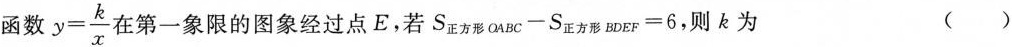
函数 $$y= \frac{k}{x}$$ 在第一象限的图象经过点E,若$$S_{正方形OABC}-S_{正方形BDEF}=6$$，则k为 ()